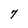
Character: 7